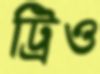
ট্রিও